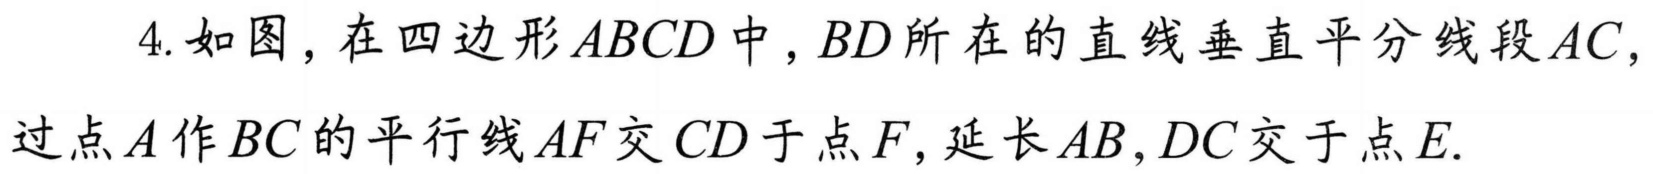
4. 如图，在四边形 \(ABCD\) 中，\(BD\) 所在的直线垂直平分线段 \(AC\)，
过点 \(A\) 作 \(BC\) 的平行线 \(AF\) 交 \(CD\) 于点 \(F\)，延长 \(AB,DC\) 交于点 \(E\).